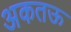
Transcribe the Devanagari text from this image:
अकतऊ